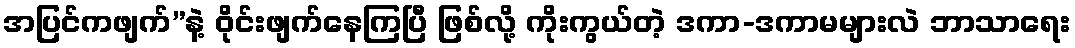
အပြင်ကဖျက်”နဲ့ ဝိုင်းဖျက်နေကြပြီ ဖြစ်လို့ ကိုးကွယ်တဲ့ ဒကာ-ဒကာမများလဲ ဘာသာရေး